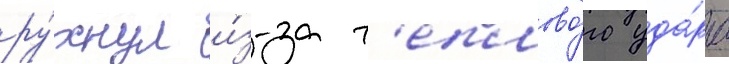
ру́хнул и́з-за т'еплово́го уда́ра